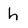
Character: h